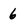
Character: 6